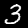
Label: 3